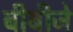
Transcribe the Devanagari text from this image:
बीबीजे